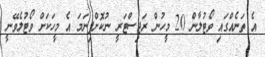
އެ ތަނެއްގައި ވޯޓުލާން 20 މީހުން ރަޖިސްޓަރީ ނުކޮށްފިނަމަ އެ މީހަކަށް ވޯޓުލެވޭނީ